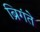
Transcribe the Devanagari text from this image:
ब्रिगंते